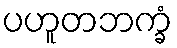
ပဟူတဘက္ခံ